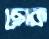
ছোক